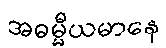
အဓမ္မီယမာနေ